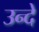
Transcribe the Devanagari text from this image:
उन्दे